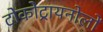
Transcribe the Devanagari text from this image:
टोकोट्रायनोलों